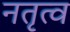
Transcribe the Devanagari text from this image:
नतृत्व